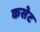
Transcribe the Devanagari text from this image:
कसेट